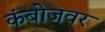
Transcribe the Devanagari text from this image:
कंबोजवर